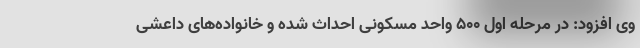
وی افزود: در مرحله اول ۵۰۰ واحد مسکونی احداث شده و خانواده‌های داعشی